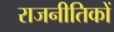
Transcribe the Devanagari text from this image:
राजनीतिकों